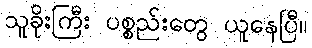
သူခိုးကြီး ပစ္စည်းတွေ ယူနေပြီ။